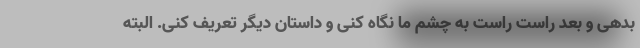
بدهی و بعد راست راست به چشم ما نگاه کنی و داستان دیگر تعریف کنی. البته